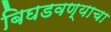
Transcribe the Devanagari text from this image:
बिघडवण्याचा